Note on the mental hospitals in Burma - 1925-1940
Year: 1925
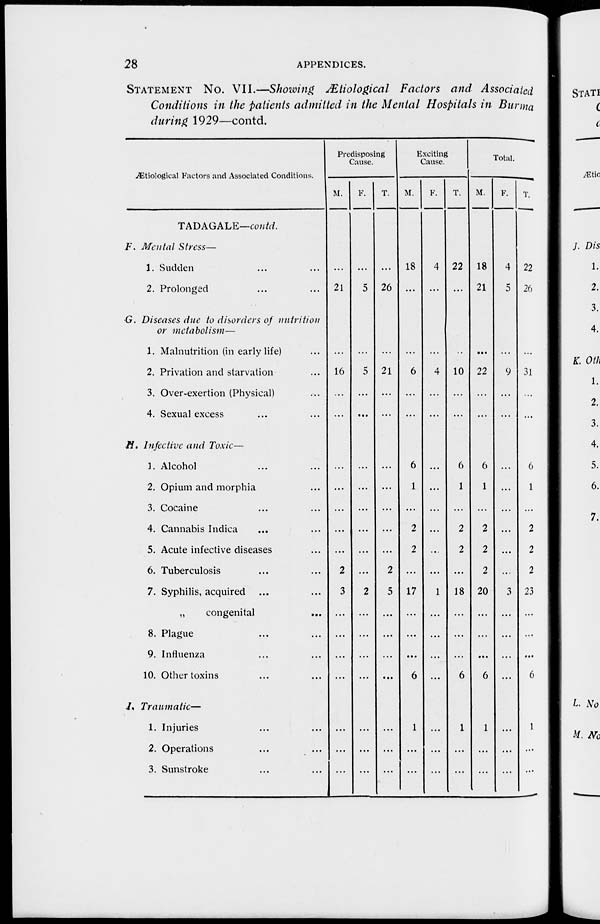
28
APPENDICES.
STATEMENT No. VII.—Showing Ætiological Factors and Associated
Conditions in the patients admitted in the Mental Hospitals in Burma
during 1929—contd.
Ætiological Factors and Associated Conditions.
TADAGALE—contd.
F. Mental Stress—
1. Sudden ... ...
2. Prolonged ... ...
G. Diseases due to disorders of nutrition
or metabolism—
1. Malnutrition (in early life) ... ...
2. Privation and starvation ... ...
3. Over-exertion (Physical) ... ...
4. Sexual excess ... ...
H. Infective and Toxic—
1. Alcohol ... ...
2. Opium and morphia ... ...
3. Cocaine ... ...
4. Cannabis Indica ... ...
5. Acute infective diseases ... ...
6. Tuberculosis ... ...
7. Syphilis, acquired ... ...
„
congenital ... ...
8. Plague ... ...
9. Influenza ... ...
10. Other toxins ... ...
I. Traumatic—
1. Injuries ... ...
2. Operations ... ...
3. Sunstroke ... ...
Predisposing
Cause.
M.
...
21
...
16
...
...
...
...
...
...
...
2
3
...
...
...
...
...
...
...
F.
...
5
...
5
...
...
...
...
...
...
...
...
2
...
...
...
...
...
...
...
T.
...
26
...
21
...
...
...
...
...
...
...
2
5
...
...
...
...
...
...
...
Exciting
Cause.
M.
18
...
...
6
...
...
6
1
...
2
2
...
17
...
...
...
6
1
...
...
F.
4
...
...
4
...
...
...
...
...
...
...
...
1
...
...
...
...
...
...
...
T.
22
...
...
10
...
...
6
1
...
2
2
...
18
...
...
...
6
1
...
...
Total.
M.
18
21
...
22
...
...
6
1
...
2
2
2
20
...
...
...
6
1
...
...
F.
4
5
...
9
...
...
...
...
...
...
...
...
3
...
...
...
...
...
...
...
T.
22
26
...
31
...
...
6
1
...
2
2
2
23
...
...
...
6
1
...
...